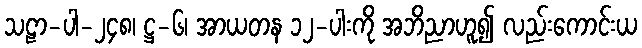
သဠာ-ပါ-၂၄၈၊ ဋ္ဌ-၆၊ အာယတန ၁၂-ပါးကို အဘိညာဟူ၍ လည်းကောင်းယ